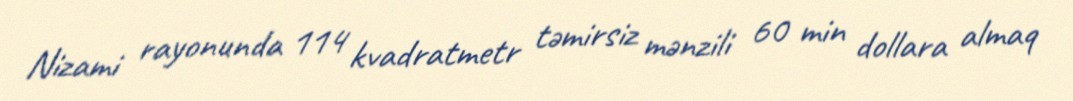
Nizami rayonunda 114 kvadratmetr təmirsiz mənzili 60 min dollara almaq